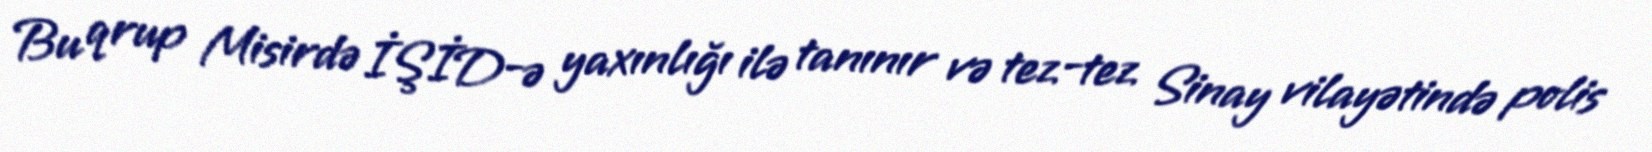
Bu qrup Misirdə İŞİD-ə yaxınlığı ilə tanınır və tez-tez Sinay vilayətində polis